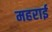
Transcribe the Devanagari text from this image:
महराई